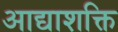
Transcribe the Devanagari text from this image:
आद्याशक्ति